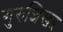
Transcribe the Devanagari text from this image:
गुरुशिखऱ